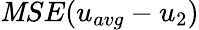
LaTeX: \mathit{M}SE(u_{avg}-u_{2})